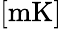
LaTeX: [\mathrm{mK}]